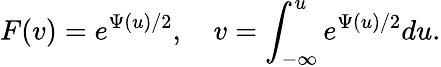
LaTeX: F(v)=e^{\Psi(u)/2},\quad v=\int_{-\infty}^{u}e^{\Psi(u)/2}du.